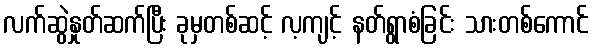
လက်ဆွဲနှုတ်ဆက်ပြီး ခုမှတစ်ဆင့် လ့ကျင့် နတ်ရွာစံခြင်း သားတစ်ကောင်